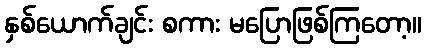
နှစ်ယောက်ချင်း စကား မပြောဖြစ်ကြတော့။